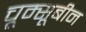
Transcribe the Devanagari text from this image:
चूम्सूबीन